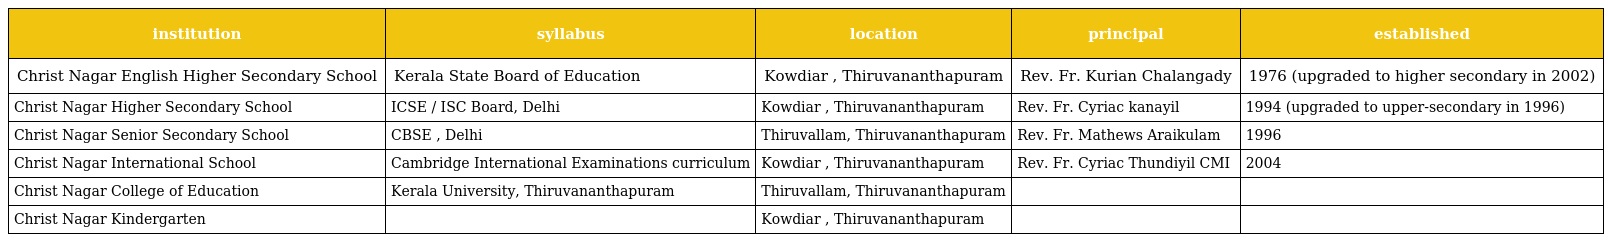
| institution | syllabus | location | principal | established |
 | --- | --- | --- | --- | --- |
 | Christ Nagar English Higher Secondary School | Kerala State Board of Education | Kowdiar , Thiruvananthapuram | Rev. Fr. Kurian Chalangady | 1976 (upgraded to higher secondary in 2002) |
 | Christ Nagar Higher Secondary School | ICSE / ISC Board, Delhi | Kowdiar , Thiruvananthapuram | Rev. Fr. Cyriac kanayil | 1994 (upgraded to upper-secondary in 1996) |
 | Christ Nagar Senior Secondary School | CBSE , Delhi | Thiruvallam, Thiruvananthapuram | Rev. Fr. Mathews Araikulam | 1996 |
 | Christ Nagar International School | Cambridge International Examinations curriculum | Kowdiar , Thiruvananthapuram | Rev. Fr. Cyriac Thundiyil CMI | 2004 |
 | Christ Nagar College of Education | Kerala University, Thiruvananthapuram | Thiruvallam, Thiruvananthapuram |  |  |
 | Christ Nagar Kindergarten |  | Kowdiar , Thiruvananthapuram |  |  |